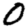
Digit: 0